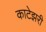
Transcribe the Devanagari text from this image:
काटेझरी